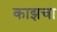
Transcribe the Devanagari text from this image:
काझचा